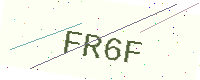
Text: FR6F